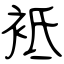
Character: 袛